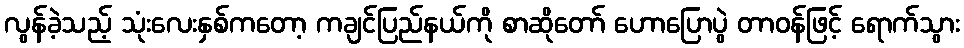
လွန်ခဲ့သည့် သုံးလေးနှစ်ကတော့ ကချင်ပြည်နယ်ကို စာဆိုတော် ဟောပြောပွဲ တာဝန်ဖြင့် ရောက်သွား